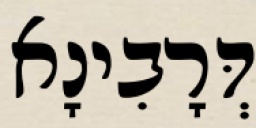
דְּרָבִינָא